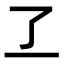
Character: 𬼶